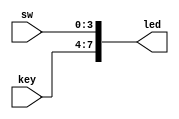
module LED1 (key,sw,led);
 
	input [3:0] key;						//
	input [3:0] sw;							//
	output [7:0] led;						//LED
 
	assign led = {key,sw};                                          //assignkeysw8led
 
endmodule